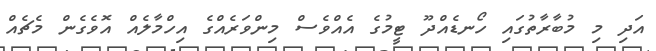
އަދި މި މުބާރާތުގައި ހޯނޑެއްދޫ ޓީމުގެ އެއްވެސް މިންވަރެއްގެ އިހްމާލެއް އޮވެގެން މެޗެއް